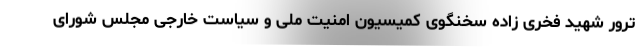
ترور شهید فخری زاده سخنگوی کمیسیون امنیت ملی و سیاست خارجی مجلس شورای